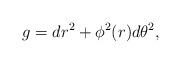
LaTeX: \begin{align*} g = dr^2 + \phi^2(r) d \theta^2,\end{align*}